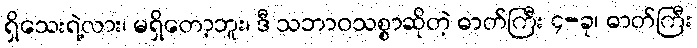
ရှိသေးရဲ့လား၊ မရှိတော့ဘူး၊ ဒီ သဘာဝသစ္စာဆိုတဲ့ ဓာတ်ကြီး ၄-ခု၊ ဓာတ်ကြီး